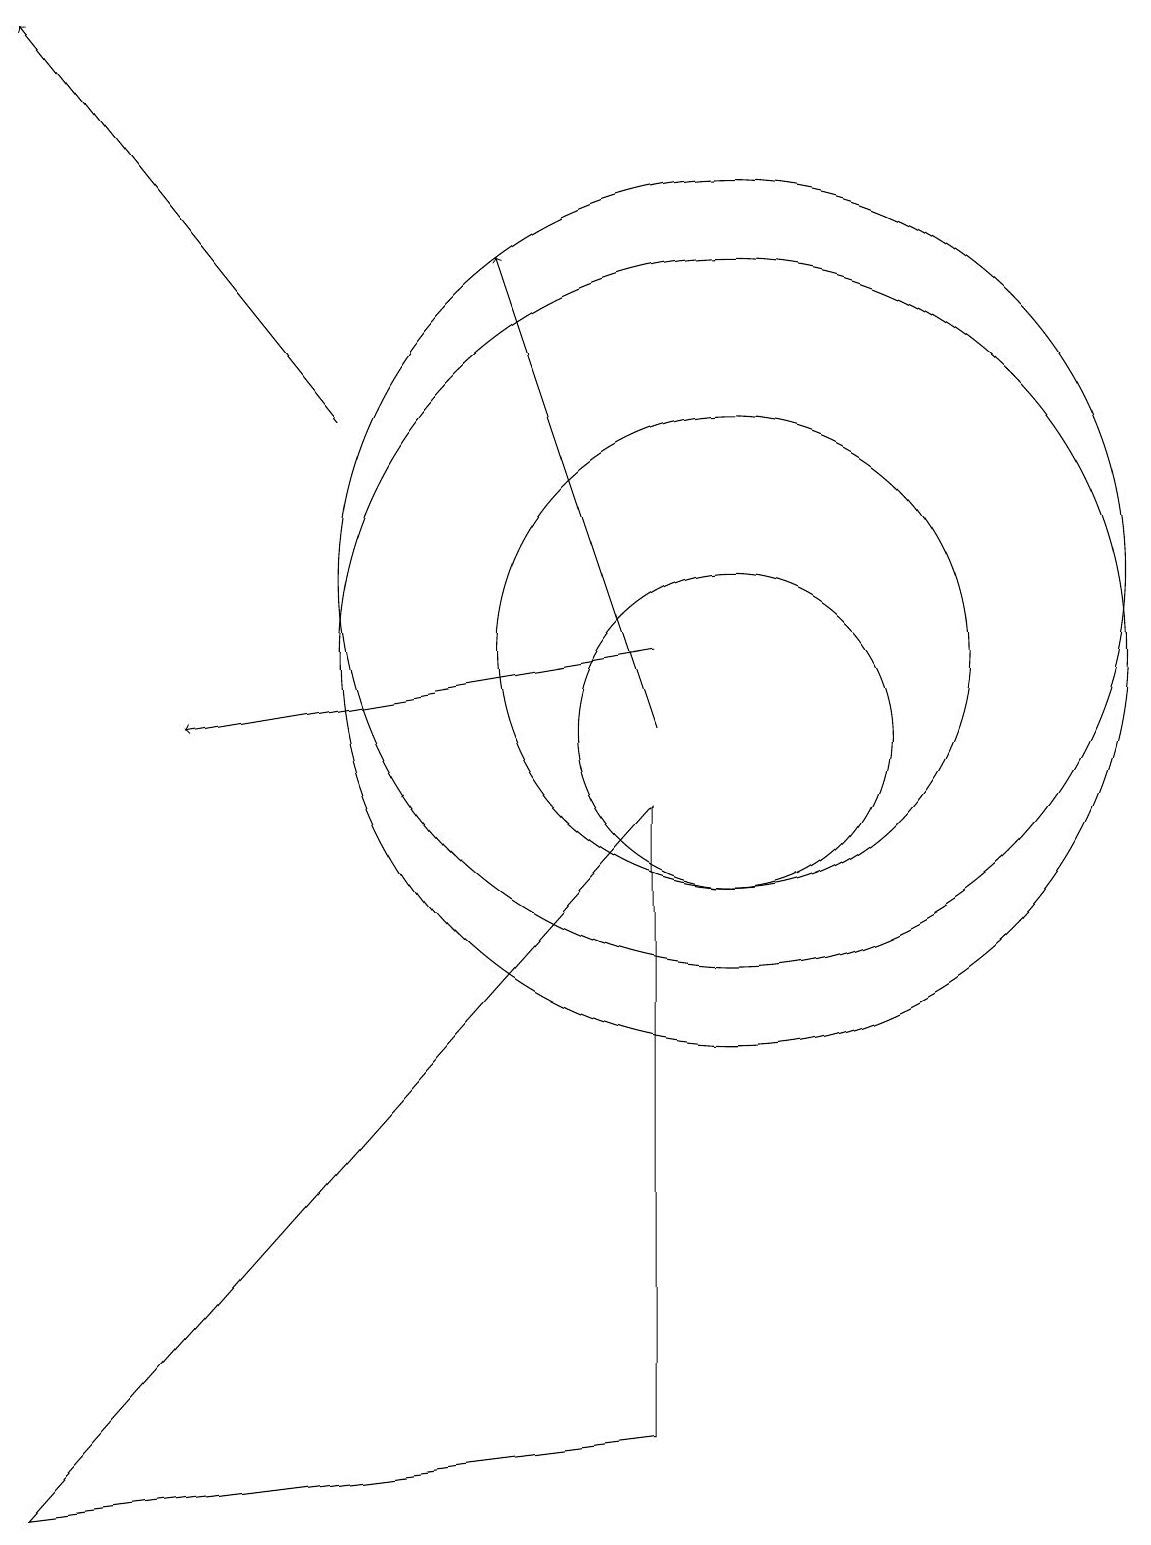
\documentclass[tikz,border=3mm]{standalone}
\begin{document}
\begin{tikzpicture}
\draw (1,0) -- (9,1) -- (9,9) -- cycle;
\draw (10,11) circle (5);
\draw[->] (9,11) -- (3,10);
\draw[->] (9,10) -- (7,16);
\draw (10,12) circle (5);
\draw (10,10) circle (2);
\draw (10,11) circle (3);
\draw[->] (5,14) -- (1,19);
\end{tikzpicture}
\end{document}